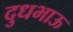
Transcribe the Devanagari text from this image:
दुधभाऊ